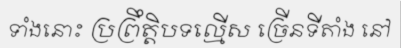
ទាំងនោះ ប្រព្រឹត្តិបទល្មើស ច្រើនទីតាំង នៅ